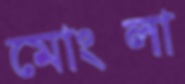
মোংলা